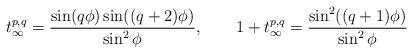
LaTeX: \begin{align*}t_\infty^{p,q}=\frac{\sin(q\phi)\sin((q+2)\phi)}{\sin^2\phi},\qquad1+t_\infty^{p,q}=\frac{\sin^2((q+1)\phi)}{\sin^2\phi}\end{align*}